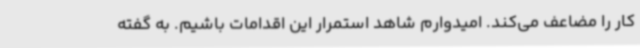
کار را مضاعف می‌کند. امیدوارم شاهد استمرار این اقدامات باشیم. به گفته